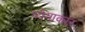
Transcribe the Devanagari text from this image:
ध्येयाकार